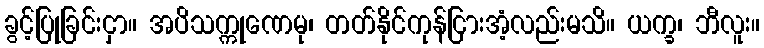
ခွင့်ပြုခြင်းငှာ။ အပိသက္ကုဏေမု၊ တတ်နိုင်ကုန်ငြားအံ့လည်းမသိ။ ယက္ခ၊ ဘီလူး။